Trukikaitis_Postimees, lk 2
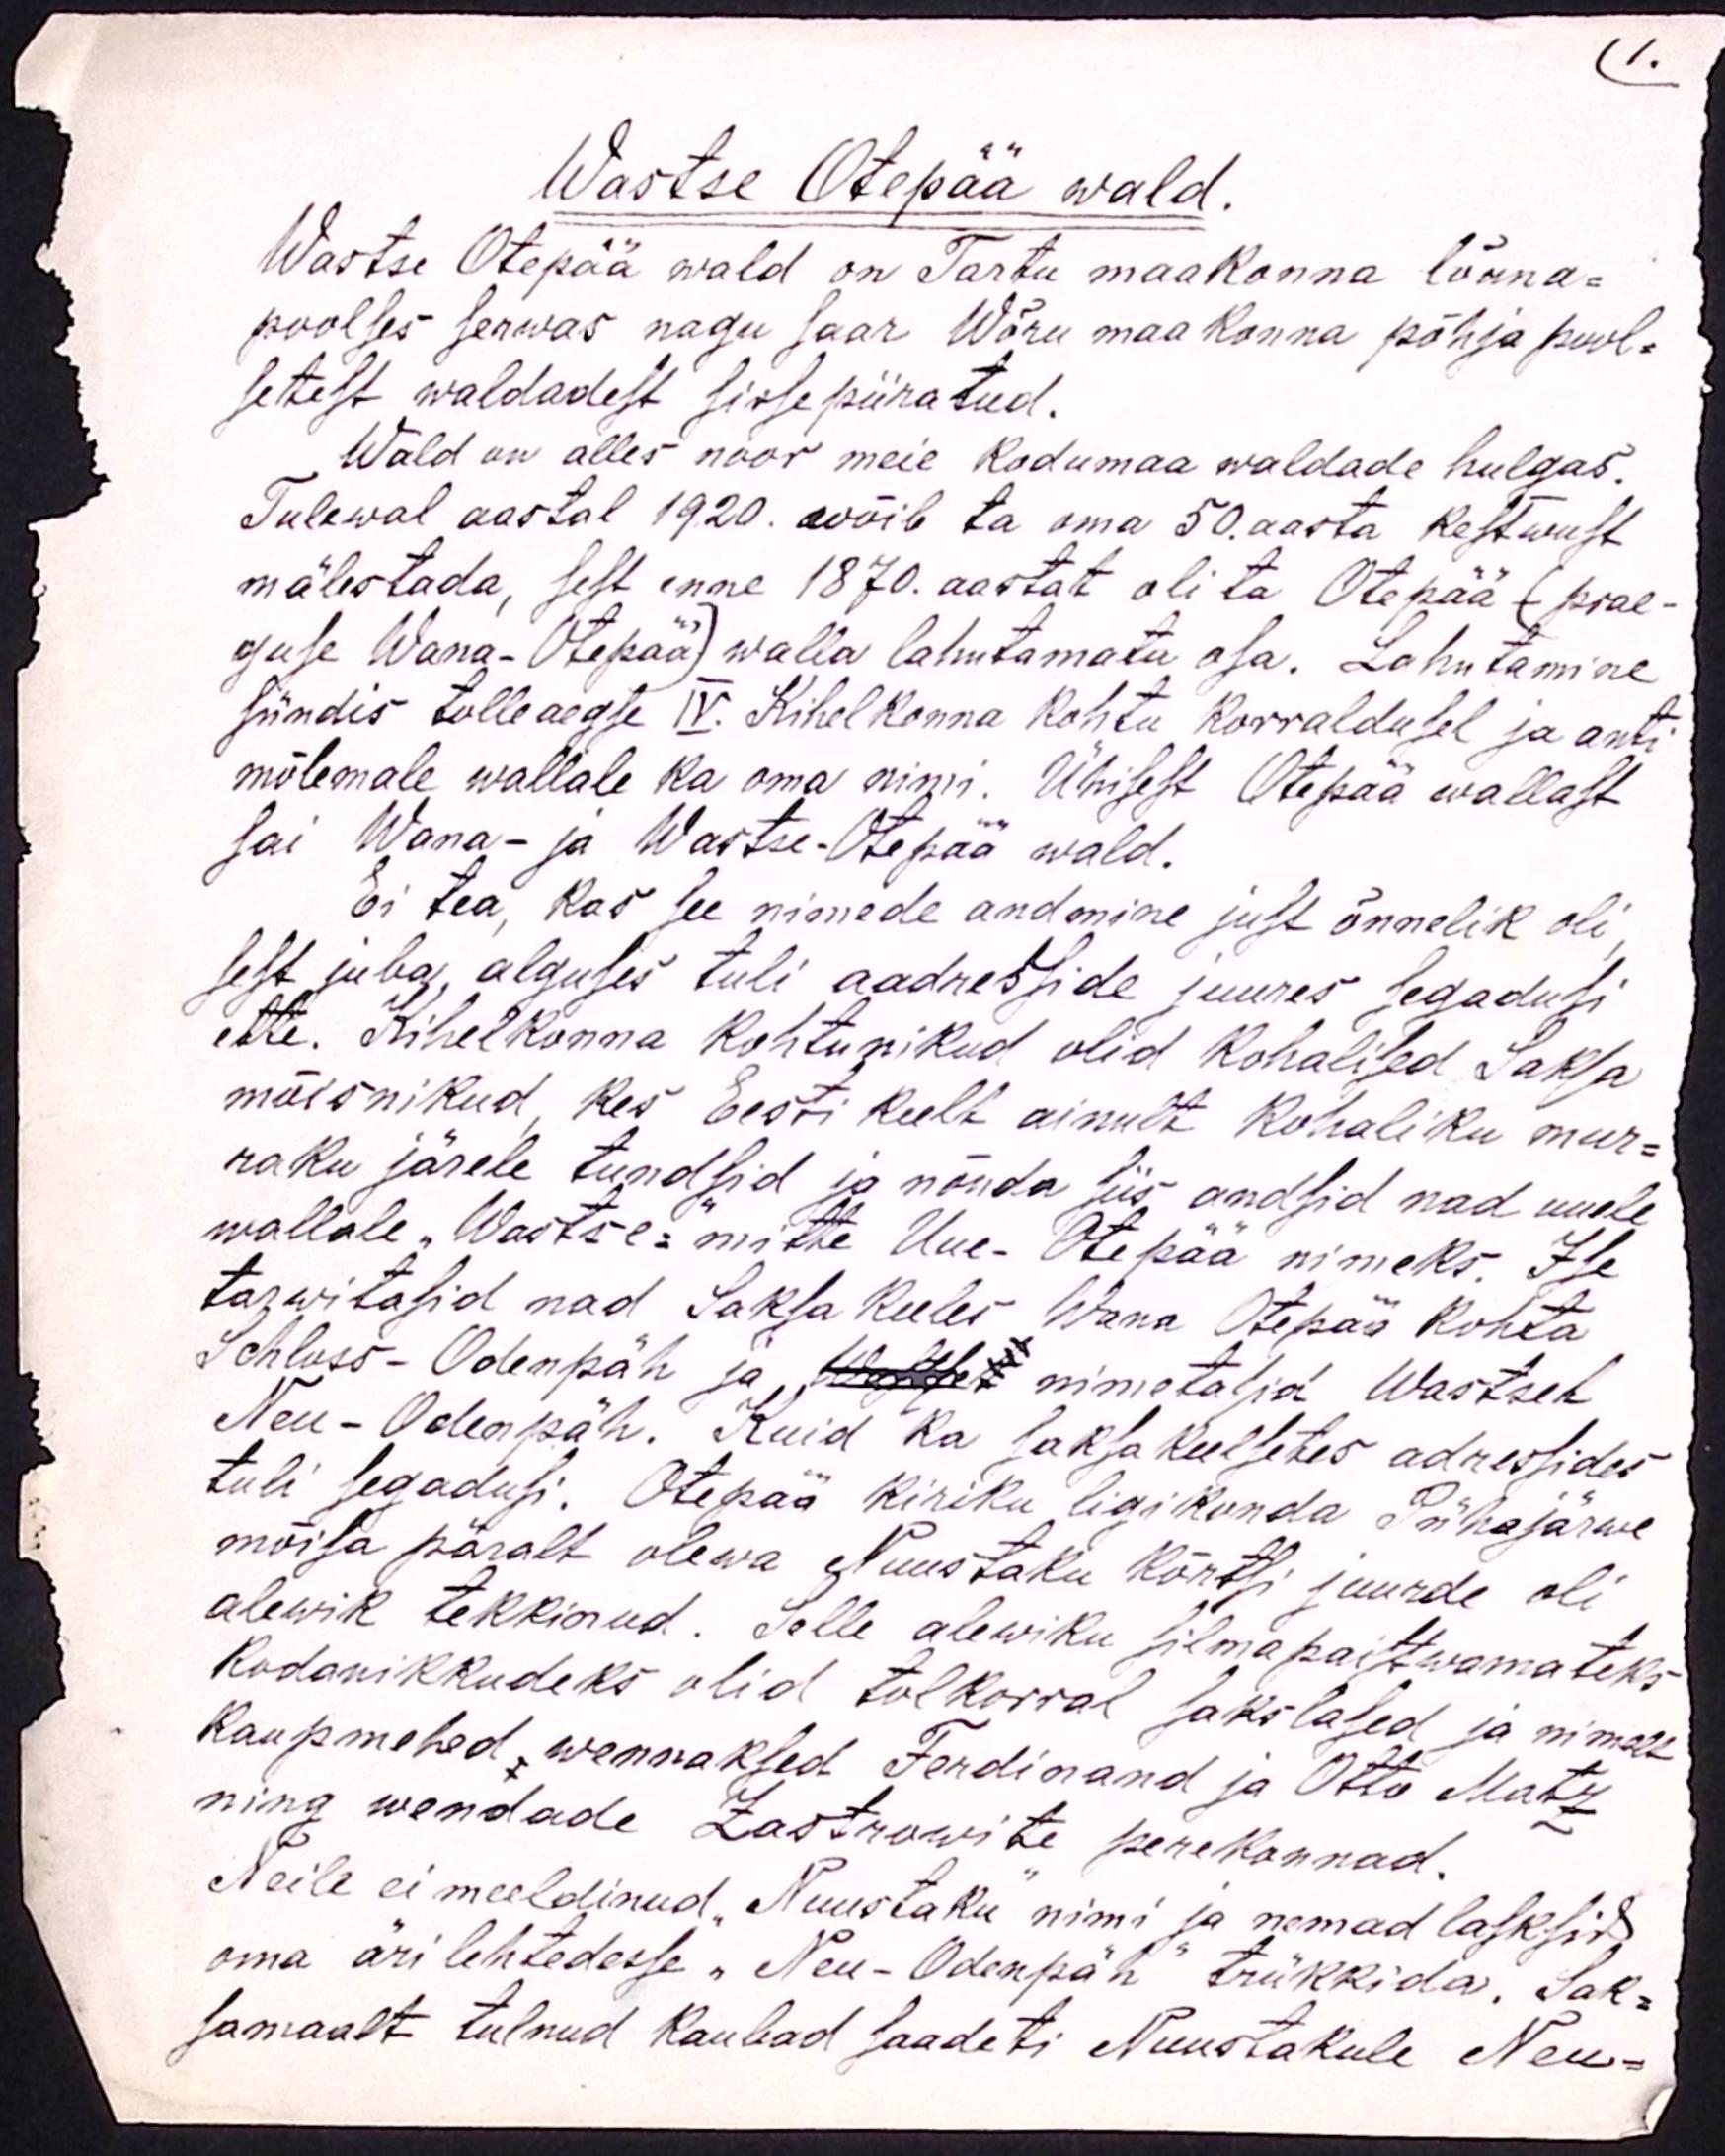
1.
Wastse Otepää wald.
Wastse Otepää wald on Tartu maakonna lõuna-
poolses serwas nagu saar Wõru maa konna põhja pool-
setest waldadest sisse piiratud.
Wald on alles noor meie kodumaa waldade hulgas.
Tulewal aastal 1920. wõib ta oma 50. aasta kestwust
mälestada, sest enne 1870. aastat oli ta Otepää (prae-
guse Wana-Otepää) walla lahutamatu osa. Lahutamine
sündis tolleaegse IV. Kihelkonna kohtu korraldusel ja anti
mõlemale wallale ka oma nimi. Ühisest Otepää wallast
sai Wana- ja Wastse-Otepää wald.
Ei tea, kas see nimede andmine just õnnelik oli
sest juba, alguses tuli aadresside juures segadusi
ette. Kihelkonna kohtunikud olid kohalised Saksa
mõisnikud, kes Eesti keelt ainult kohaliku mur-
raku järele tundsid ja nõnda siis andsid nad uuele
wallale "Wastse- mitte Uue-Otepää nimeks. Ise
tarwitasid nad Saksa keeles Wana Otepää kohta
Schloss-Odenpäh ja Wastse nimetasid Wastseh
Neu-Odenpäh. Kuid ka saksa keelsetes adressides
tuli segadusi. Otepää Kiriku ligi konda Pühajärwe
mõisa päralt olewa Nuustaku Kõrtsi juurde oli
alewik tekkinud. Selle alewiku silmapaistwamateks
kodanikkudeks olid tol korral sakslased ja nimelt
kaupmehed wennaksed Ferdinand ja Otto Matz
ning wendade Zastrowite perekonnad.
Neile ei meeldinud "Nuustaku" nimi ja nemad lasksid,
oma äri lehtedesse "Neu-Odenpäh" trükkida. Sak-
samaalt tulnud kaubad saadeti Nuustakule Neu-